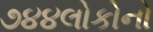
૭૪૪લોકોનો